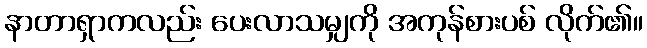
နာတာရှာကလည်း ပေးလာသမျှကို အကုန်စားပစ် လိုက်၏။